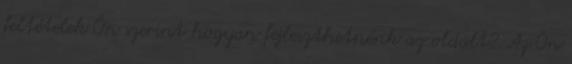
feltételek Ön szerint hogyan fejleszthetnénk az oldalt? Az Ön